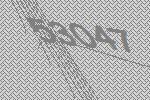
53047